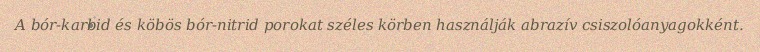
A bór-karbid és köbös bór-nitrid porokat széles körben használják abrazív csiszolóanyagokként.